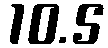
10.5